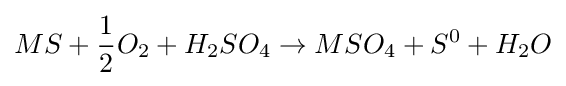
MS+{\frac {1}{2}}O_{2}+H_{2}SO_{4}\rightarrow MSO_{4}+S^{0}+H_{2}O